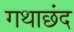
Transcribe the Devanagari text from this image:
गथाछंद